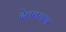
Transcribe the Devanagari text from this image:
देवतगण